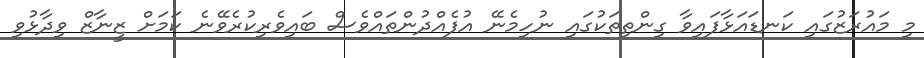
މި މައުރަޒުގައި ކަނޑައަޅާފައިވާ ގިންތިތަކުގައި ނުހިމެނޭ އުފެއްދުންތައްވެސް ބައިވެރިކުރެވޭނެ ކަމަށް ޒީނާޒް ވިދާޅުވި